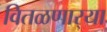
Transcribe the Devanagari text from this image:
वितळणार्‍या